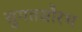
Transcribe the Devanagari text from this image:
सुगतसौरभ